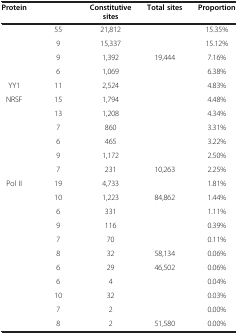
<table><thead><tr><td><b>Protein</b></td><td>[EMPTY_CELL]</td><td><b>Constitutive sites</b></td><td><b>Total sites</b></td><td><b>Proportion</b></td></tr></thead><tbody><tr><td>[EMPTY_CELL]</td><td>55</td><td>21,812</td><td>[EMPTY_CELL]</td><td>15.35%</td></tr><tr><td>[EMPTY_CELL]</td><td>9</td><td>15,337</td><td>[EMPTY_CELL]</td><td>15.12%</td></tr><tr><td>[EMPTY_CELL]</td><td>9</td><td>1,392</td><td>19,444</td><td>7.16%</td></tr><tr><td>[EMPTY_CELL]</td><td>6</td><td>1,069</td><td>[EMPTY_CELL]</td><td>6.38%</td></tr><tr><td>YY1</td><td>11</td><td>2,524</td><td>[EMPTY_CELL]</td><td>4.83%</td></tr><tr><td>NRSF</td><td>15</td><td>1,794</td><td>[EMPTY_CELL]</td><td>4.48%</td></tr><tr><td>[EMPTY_CELL]</td><td>13</td><td>1,208</td><td>[EMPTY_CELL]</td><td>4.34%</td></tr><tr><td>[EMPTY_CELL]</td><td>7</td><td>860</td><td>[EMPTY_CELL]</td><td>3.31%</td></tr><tr><td>[EMPTY_CELL]</td><td>6</td><td>465</td><td>[EMPTY_CELL]</td><td>3.22%</td></tr><tr><td>[EMPTY_CELL]</td><td>9</td><td>1,172</td><td>[EMPTY_CELL]</td><td>2.50%</td></tr><tr><td>[EMPTY_CELL]</td><td>7</td><td>231</td><td>10,263</td><td>2.25%</td></tr><tr><td>Pol II</td><td>19</td><td>4,733</td><td>[EMPTY_CELL]</td><td>1.81%</td></tr><tr><td>[EMPTY_CELL]</td><td>10</td><td>1,223</td><td>84,862</td><td>1.44%</td></tr><tr><td>[EMPTY_CELL]</td><td>6</td><td>331</td><td>[EMPTY_CELL]</td><td>1.11%</td></tr><tr><td>[EMPTY_CELL]</td><td>9</td><td>116</td><td>[EMPTY_CELL]</td><td>0.39%</td></tr><tr><td>[EMPTY_CELL]</td><td>7</td><td>70</td><td>[EMPTY_CELL]</td><td>0.11%</td></tr><tr><td>[EMPTY_CELL]</td><td>8</td><td>32</td><td>58,134</td><td>0.06%</td></tr><tr><td>[EMPTY_CELL]</td><td>6</td><td>29</td><td>46,502</td><td>0.06%</td></tr><tr><td>[EMPTY_CELL]</td><td>6</td><td>4</td><td>[EMPTY_CELL]</td><td>0.04%</td></tr><tr><td>[EMPTY_CELL]</td><td>10</td><td>32</td><td>[EMPTY_CELL]</td><td>0.03%</td></tr><tr><td>[EMPTY_CELL]</td><td>7</td><td>2</td><td>[EMPTY_CELL]</td><td>0.00%</td></tr><tr><td>[EMPTY_CELL]</td><td>8</td><td>2</td><td>51,580</td><td>0.00%</td></tr></tbody></table>